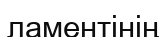
ламентінің